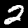
Label: 2